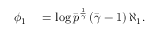
\begin{array} { r l } { \phi _ { 1 } } & { { } = \log \bar { p } ^ { \frac { 1 } { \bar { \gamma } } } \left( \bar { \gamma } - 1 \right) \aleph _ { 1 } . } \end{array}